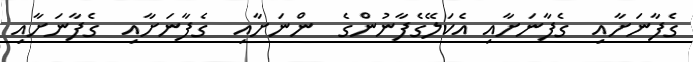
ގެފާނަށާއި  ގެފާނަށާއި އެކަލޭގެފާނުންގެ  ންނަށާއި  ގެފާނަށާއި  ގެފާނަށާއި